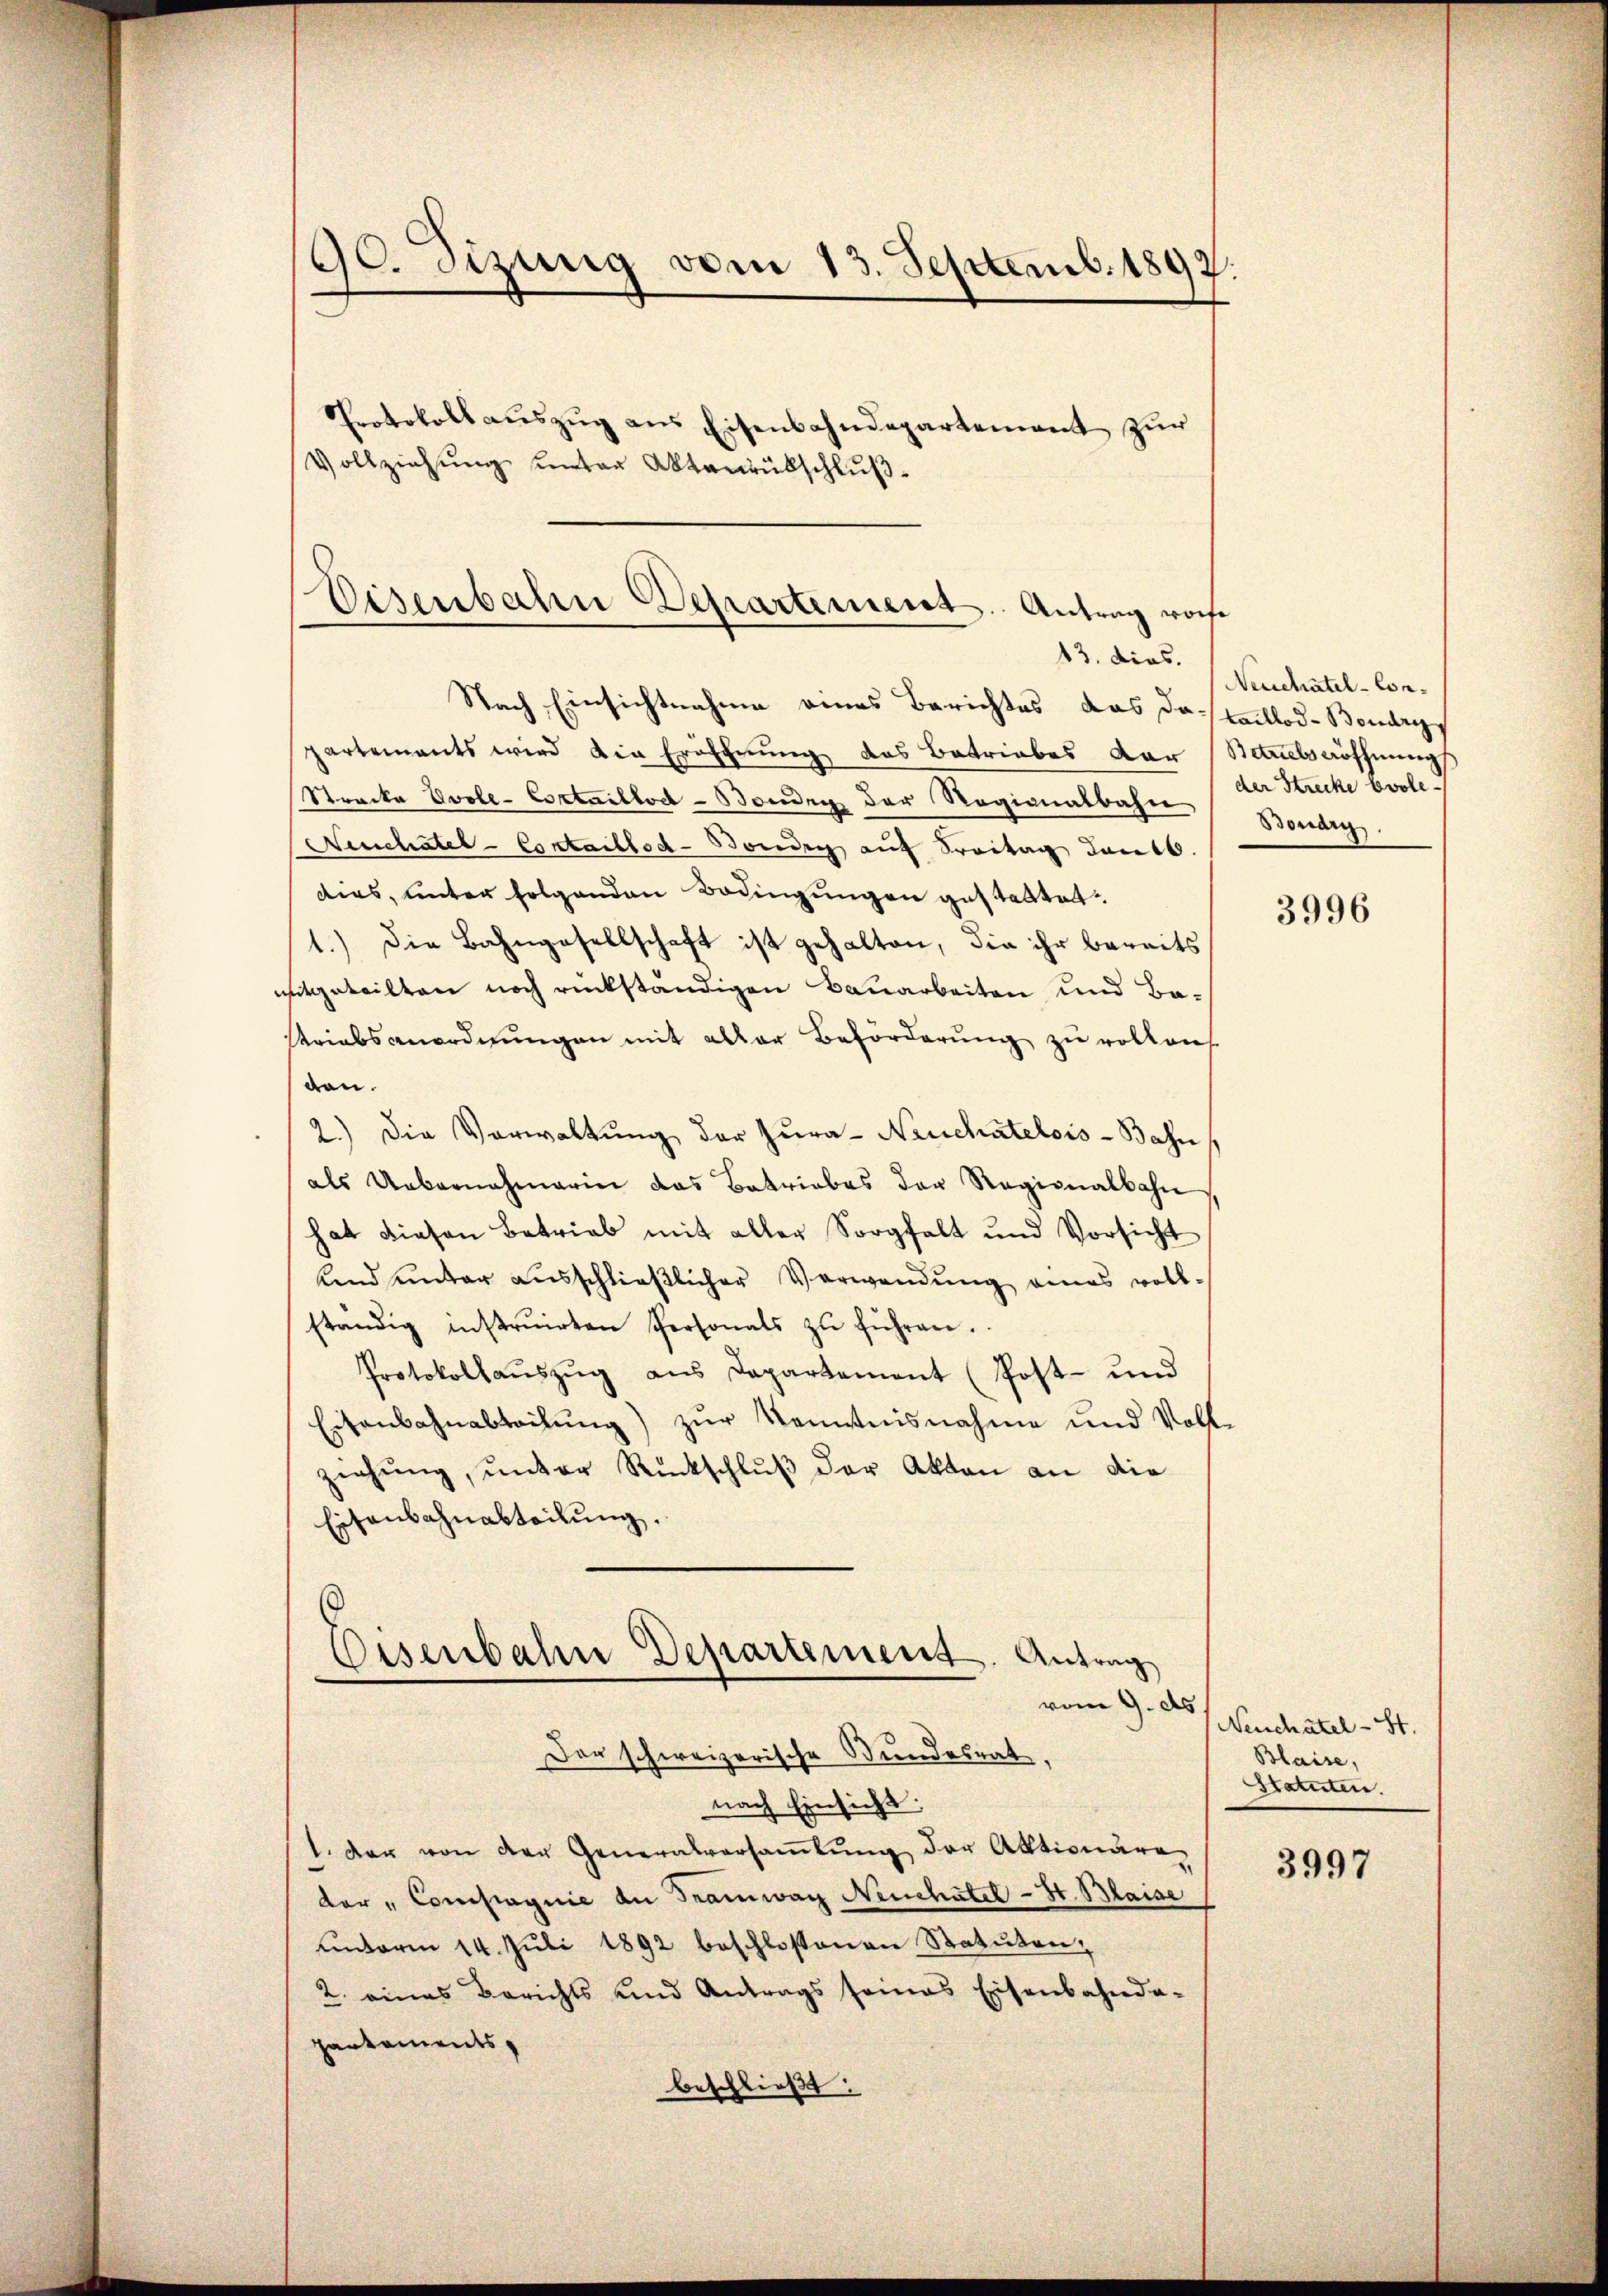
90. Sizung vom 13. Septemb. 1892.

Protokoll auszug aus Eisenbahndepartement zur
Vollziehŭng unter Aktenrübschlŭβ-

Eisenbahn Departement. Antrag worfe
13. dies.

Nach Einsichtnahme eines Berichtes das Dataillod-Boudrys
partements wird die Eröffnung das Betriebes dar (Stammelsröffnung
Strecke Evole-Cortaillod-Bonden der Regionalbahn
Neuchâtel-Contailled-Bord auf Freitag dankb
dies, unter folgenden Bedingungen gestattet.
1.) Die Bahngesellschaft ist gehalten, die ihr bereits
mitgeteilten noch rückständigen Bauarbeiten und Ba¬
Kriabsanordnungen mit aller Beförderung zu voltans
den.
2.) Die Verwaltŭng der Zura- Neuchâtelois-Bahn
als Uebernehmerin das Betriebes der Regionalbahn
hat diesen Betrieb mit aller Sorgfalt und Vorsicht
und unter ausschließlicher Verwendung eines voll-
ständig instruirten Personals zŭ führen.
Protokollauszug aus Departement (Post- und
Eisenbahnabteilung) zur Kenntnisnahme und Voll-
ziehung, unter Rückschluß der Akten an die
Eisenbahnabteilung.
Eisenbahn Departement. Antrag
vom 9. ds.
Der schweizerische Bundesrat,
nach Einsicht.
1. Der von der Generalversamlung der Aktionäre
der Compagnie an Tramwag Neuchatel - St. Blaise
unterm 14. Juli 1892 beschlossenen Statuten,
2. eines Berichts und Antrags seines Eisenbahnda-
partements,
beschließt:

Neuchatel - Conder Strecke bvole
Boudry.

3996

Neuchâtel - St.
Blaise,
Statuten.

3997